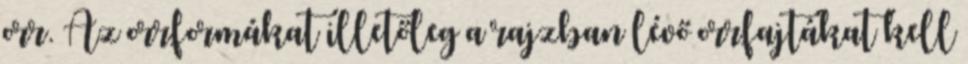
orr. Az orrformákat illetőleg a rajzban lévő orrfajtákat kell